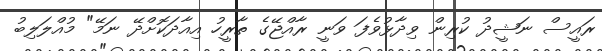
ރައީސް ނަޝީދު ކުރިން ވިދާޅުވެފަ ވަނީ ރާއްޖޭގެ ތާރީހު އިއާދަކޮށްދޭ ނަމޭ" މުއްލަލިބު